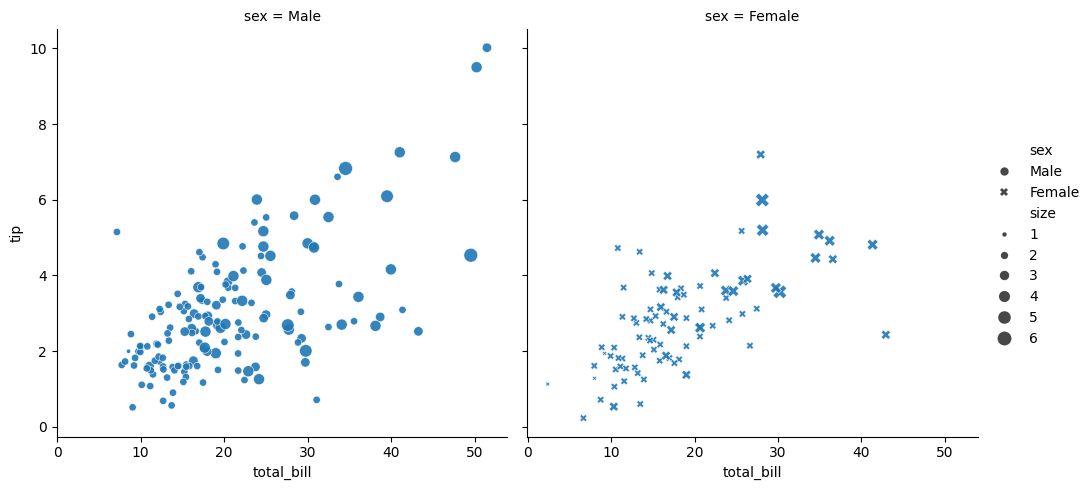
python, seaborn, relplot, alpha=0.9